Indian Civil Veterinary Department memoirs
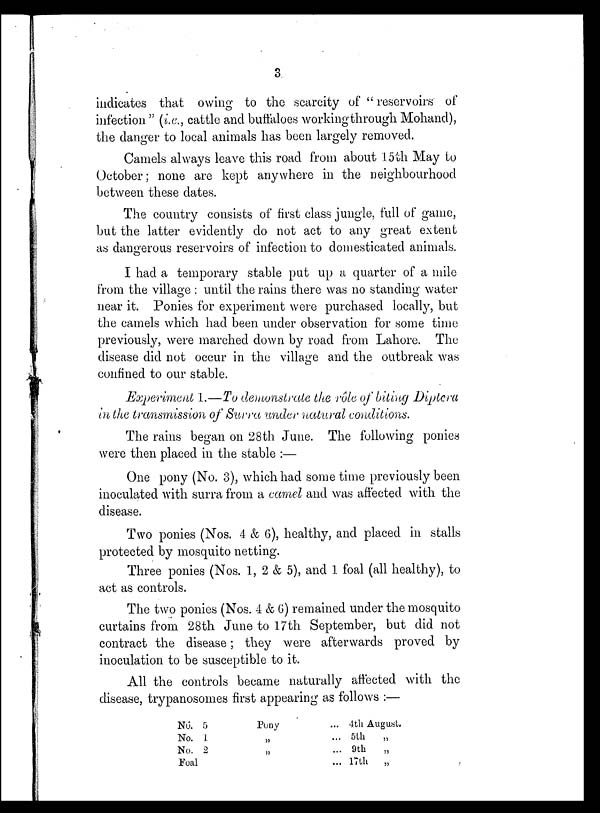
3
indicates that owing to the scarcity of "reservoirs of
infection" (i.e., cattle and buffaloes working through Mohand),
the danger to local animals has been largely removed.
Camels always leave this road from about 15th May to
October; none are kept anywhere in the neighbourhood
between these dates.
The country consists of first class jungle, full of game,
but the latter evidently do not act to any great extent
as dangerous reservoirs of infection to domesticated animals.
I had a temporary stable put up a quarter of a mile
from the village: until the rains there was no standing water
near it. Ponies for experiment were purchased locally, but
the camels which had been under observation for some time
previously, were marched down by road from Lahore. The
disease did not occur in the village and the outbreak was
confined to our stable.
Experiment 1.—To demonstrate the rôle of biting Diptera
in the transmission of Surra under natural conditions.
The rains began on 28th June. The following ponies
were then placed in the stable:—
One pony (No. 3), which had some time previously been
inoculated with surra from a camel and was affected with the
disease.
Two ponies (Nos. 4 & 6), healthy, and placed in stalls
protected by mosquito netting.
Three ponies (Nos. 1, 2 & 5), and 1 foal (all healthy), to
act as controls.
The two ponies (Nos. 4 & 6) remained under the mosquito
curtains from 28th June to 17th September, but did not
contract the disease; they were afterwards proved by
inoculation to be susceptible to it.
All the controls became naturally affected with the
disease, trypanosomes first appearing as follows:—
No. 5
No. 1
No. 2
Foal
Pony
„
„
... 4th August.
... 5th
„
... 9th
„
... 17th
„